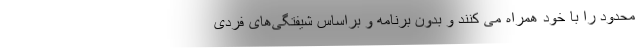
محدود را با خود همراه می ‌کنند و بدون برنامه و براساس شیفتگی‌های فردی